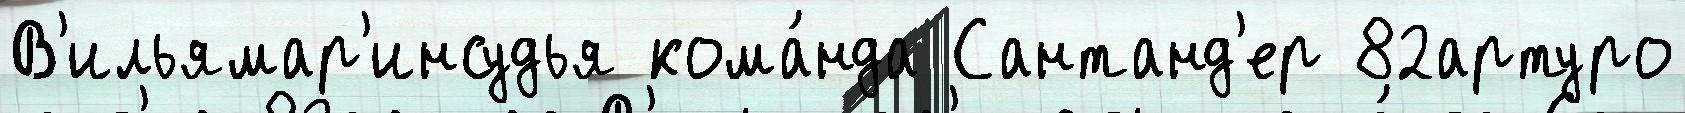
В'ильямар'инсудья кома́нда Сантанд'ер 82артуро